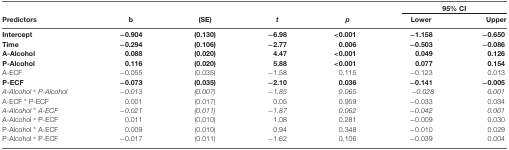
<table><thead><tr><td></td><td></td><td></td><td></td><td></td><td colspan="2"><b>95% CI</b></td></tr><tr><td><b>Predictors</b></td><td><b>b</b></td><td><b>(SE)</b></td><td><b><i>t</i></b></td><td><b><i>p</i></b></td><td><b>Lower</b></td><td><b>Upper</b></td></tr></thead><tbody><tr><td><b>Intercept</b></td><td><b>−0.904</b></td><td><b>(0.130)</b></td><td><b>−6.98</b></td><td><b>&lt;0.001</b></td><td><b>−1.158</b></td><td><b>−0.650</b></td></tr><tr><td><b>Time</b></td><td><b>−0.294</b></td><td><b>(0.106)</b></td><td><b>−2.77</b></td><td><b>0.006</b></td><td><b>−0.503</b></td><td><b>−0.086</b></td></tr><tr><td><b>A-Alcohol</b></td><td><b>0.088</b></td><td><b>(0.020)</b></td><td><b>4.47</b></td><td><b>&lt;0.001</b></td><td><b>0.049</b></td><td><b>0.126</b></td></tr><tr><td><b>P-Alcohol</b></td><td><b>0.116</b></td><td><b>(0.020)</b></td><td><b>5.88</b></td><td><b>&lt;0.001</b></td><td><b>0.077</b></td><td><b>0.154</b></td></tr><tr><td>A-ECF</td><td>−0.055</td><td>(0.035)</td><td>−1.58</td><td>0.115</td><td>−0.123</td><td>0.013</td></tr><tr><td><b>P-ECF</b></td><td><b>−0.073</b></td><td><b>(0.035)</b></td><td><b>−2.10</b></td><td><b>0.036</b></td><td><b>−0.141</b></td><td><b>−0.005</b></td></tr><tr><td><i>A-Alcohol * P-Alcohol</i></td><td><i>−0.013</i></td><td><i>(0.007)</i></td><td><i>−1.85</i></td><td><i>0.065</i></td><td><i>−0.028</i></td><td><i>0.001</i></td></tr><tr><td>A-ECF * P-ECF</td><td>0.001</td><td>(0.017)</td><td>0.05</td><td>0.959</td><td>−0.033</td><td>0.034</td></tr><tr><td><i>A-Alcohol * A-ECF</i></td><td><i>−0.021</i></td><td><i>(0.011)</i></td><td><i>−1.87</i></td><td><i>0.062</i></td><td><i>−0.042</i></td><td><i>0.001</i></td></tr><tr><td>A-Alcohol * P-ECF</td><td>0.011</td><td>(0.010)</td><td>1.08</td><td>0.281</td><td>−0.009</td><td>0.030</td></tr><tr><td>P-Alcohol * A-ECF</td><td>0.009</td><td>(0.010)</td><td>0.94</td><td>0.348</td><td>−0.010</td><td>0.029</td></tr><tr><td>P-Alcohol * P-ECF</td><td>−0.017</td><td>(0.011)</td><td>−1.62</td><td>0.106</td><td>−0.039</td><td>0.004</td></tr></tbody></table>